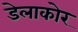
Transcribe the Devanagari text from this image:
डेलाकोर